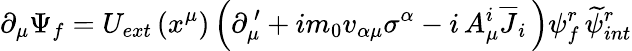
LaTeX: \partial_{\mu}\Psi_{f}=U_{ext}\left(x^{\mu}\right)\left(\partial_{\mu}^{\, \prime}+im_{0}v_{\alpha\mu}\sigma^{\alpha}-i\, A_{\mu}^{i}\overline{{J}}_{i}\, \right)\psi_{f}^{r}\, \widetilde{\psi}_{int}^{r}